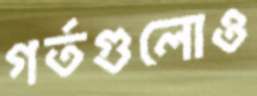
গর্তগুলোও